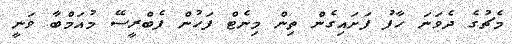
މެޗުގެ ދެވަނަ ހާފު ފަށައިގެން ތިން މިނެޓް ފަހުން ފެބްރީސޭ މުއަމްބާ ވަނީ